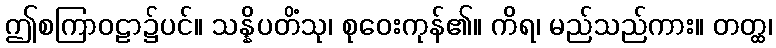
ဤစကြာဝဠာ၌ပင်။ သန္နိပတိံသု၊ စုဝေးကုန်၏။ ကိရ၊ မည်သည်ကား။ တတ္ထ၊